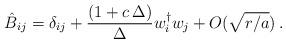
LaTeX: \begin{align*}\hat B_{ij} = \delta_{ij} + {(1+ c\, \Delta) \over \Delta} w_i^\dagger w_j + O(\sqrt{r/a}) \, .\end{align*}